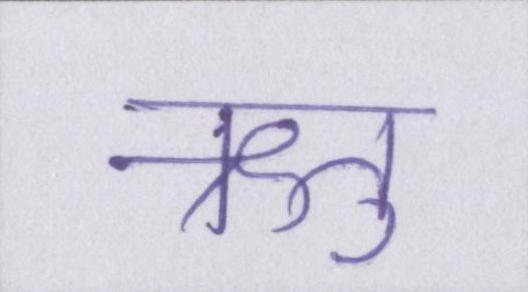
ऋतु